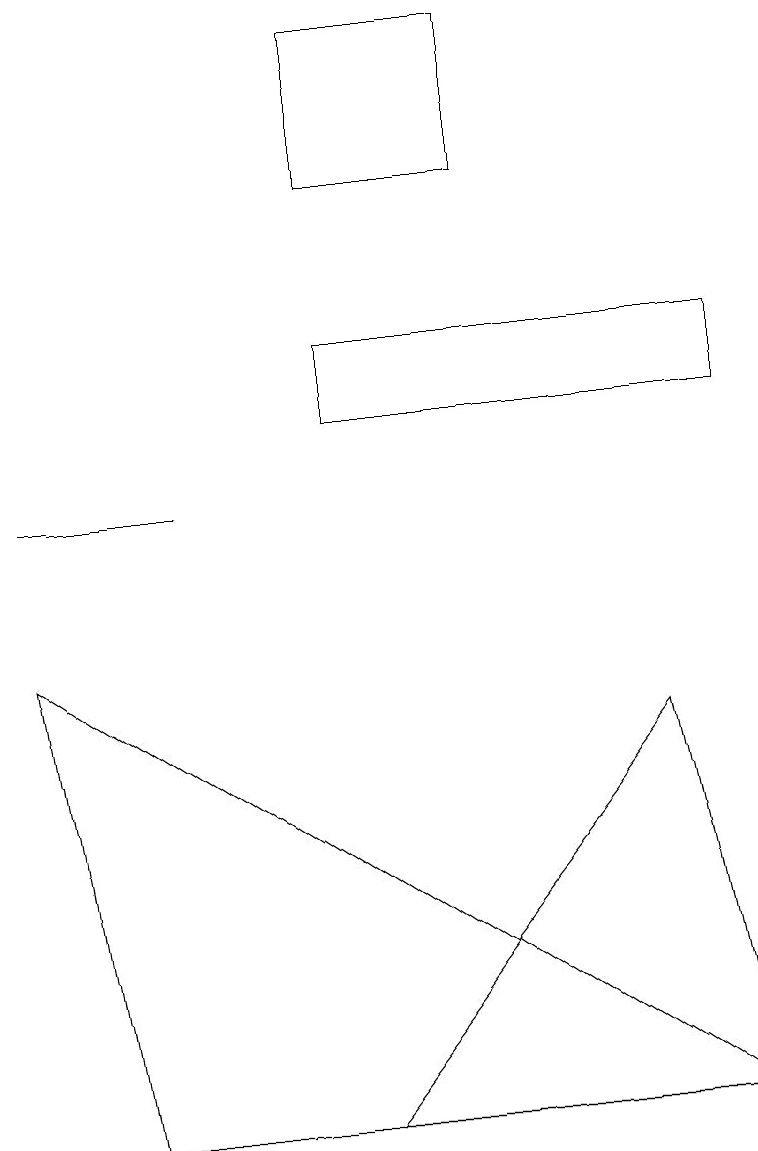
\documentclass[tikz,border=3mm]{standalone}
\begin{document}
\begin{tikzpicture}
\draw (4,15) rectangle (6,17);
\draw (2,11) rectangle (0,11);
\draw (4,12) rectangle (9,13);
\draw (1,3) -- (9,3) -- (0,9) -- cycle;
\draw (4,3) -- (8,8) -- (9,3) -- cycle;
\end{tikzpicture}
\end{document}